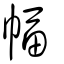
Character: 幅